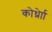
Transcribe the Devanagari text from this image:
कोर्थ्रेाा